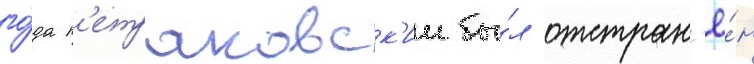
го́да п'етраковск'ии бы́л отстран'ё́н